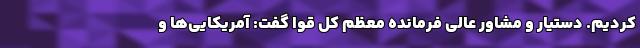
کردیم. دستیار و مشاور عالی فرمانده معظم کل قوا گفت: آمریکایی‌ها و